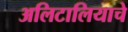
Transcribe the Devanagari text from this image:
अलिटालियाचे